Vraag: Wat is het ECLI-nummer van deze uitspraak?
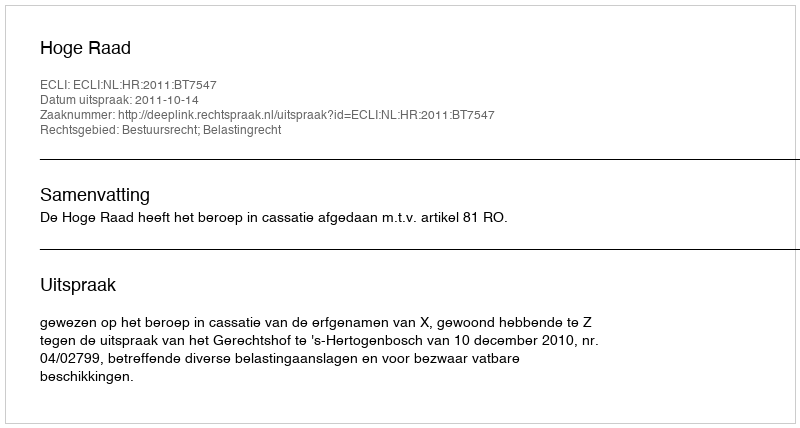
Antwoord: ECLI:NL:HR:2011:BT7547